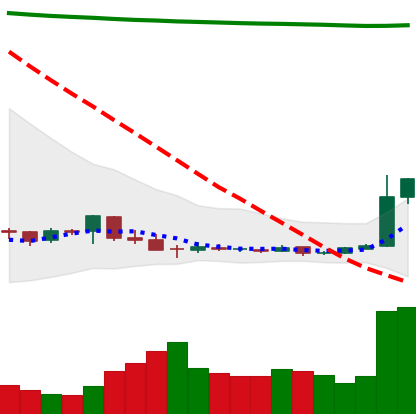
Ticker: DOGE-USD
Chart end date: 2018-12-18
Forward return: -5.291%
Label: down_5_7